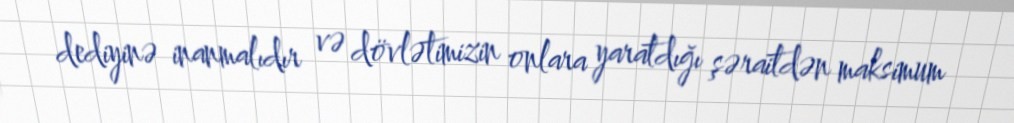
dediyinə inanmalıdır və dövlətimizin onlara yaratdığı şəraitdən maksimum